Reports on military cantonments and civil stations in the Presidency of Bombay inspected by the Sanitary Commissioner in the years 1875 and 1876
Year: 1875
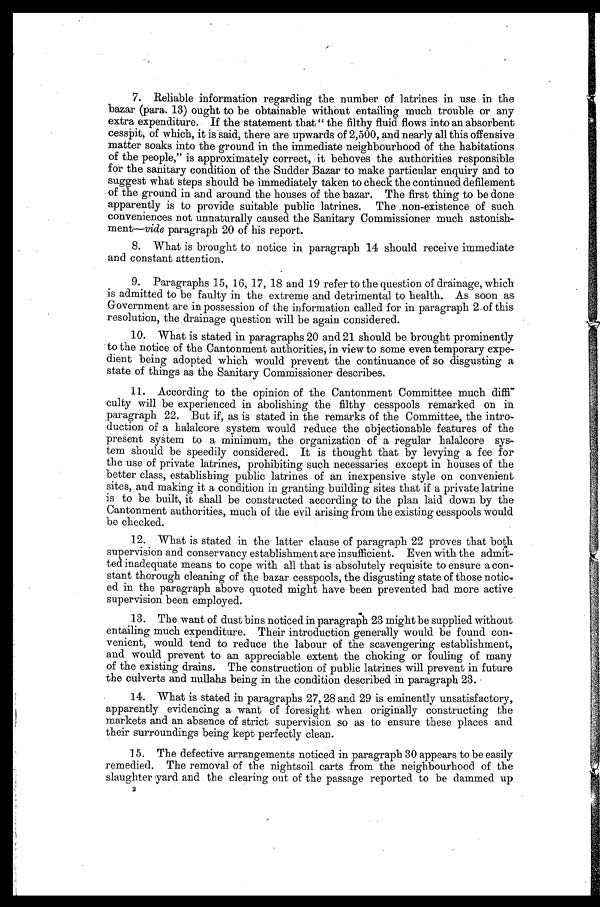
7. Reliable information regarding the number of latrines in use in the
bazar (para. 13) ought to be obtainable without entailing much trouble or any
extra expenditure. If the statement that "the filthy fluid flows into an absorbent
cesspit, of which, it is said, there are upwards of 2,500, and nearly all this offensive
matter soaks into the ground in the immediate neighbourhood of the habitations
of the people," is approximately correct, it behoves the authorities responsible
for the sanitary condition of the Sudder Bazar to make particular enquiry and to
suggest what steps should be immediately taken to check the continued defilement
of the ground in and around the houses of the bazar. The first thing to be done
apparently is to provide suitable public latrines. The non-existence of such
conveniences not unnaturally caused the Sanitary Commissioner much astonish
- m e n t —
v i d e
p a r a g r a p h 2 0 o f h i s r e p o r t .
8. What is brought to notice in paragraph 14 should receive immediate
and constant attention.
9. Paragraphs 15, 16, 17, 18 and 19 refer to the question of drainage, which
is admitted to be faulty in the extreme and detrimental to health. As soon as
Government are in possession of the information called for in paragraph 2 of this
resolution, the drainage question will be again considered.
10. What is stated in paragraphs 20 and 21 should be brought prominently
to the notice of the Cantonment authorities, in view to some even temporary expe-
dient being adopted which would prevent the continuance of so disgusting a
state of things as the Sanitary Commissioner describes.
11. According to the opinion of the Cantonment Committee much diffi
- c u l t y w i l l b e e x p e r i e n c e d i n a b o l i s h i n g t h e f i l t h y c e s s p o o l s r e m a r k e d o n i n
paragraph 22. But if, as is stated in the remarks of the Committee, the intro--
duction of a halalcore system would reduce the objectionable features of the
present system to a minimum, the organization of a regular halalcore sys
- t e m s h o u l d b e s p e e d i l y c o n s i d e r e d . I t i s t h o u g h t t h a t b y l e v y i n g a f e e f o r
the use of private latrines, prohibiting such necessaries except in houses of the
better class, establishing public latrines of an inexpensive style on convenient
sites, and making it a condition in granting building sites that if a private latrine
is to be built, it shall be constructed according to the plan laid down by the
Cantonment authorities, much of the evil arising from the existing cesspools would
be checked.
12. What is stated in the latter clause of paragraph 22 proves that both
supervision and conservancy establishment are insufficient. Even with the admit-
ted inadequate means to cope with all that is absolutely requisite to ensure a con
-stant thorough cleaning of the bazar cesspools, the disgusting state of those notic
- e d i n t h e p a r a g r a p h a b o v e q u o t e d m i g h t h a v e b e e n p r e v e n t e d h a d m o r e a c t i v e
supervision been employed.
13. The want of dust bins noticed in paragraph 23 might be supplied without
entailing much expenditure. Their introduction generally would be found con-
venient, would tend to reduce the labour of the scavengering establishment,
and would prevent to an appreciable extent the choking or fouling of many
of the existing drains. The construction of public latrines will prevent in future
the culverts and nullahs being in the condition described in paragraph 23.
14. What is stated in paragraphs 27, 28 and 29 is eminently unsatisfactory,
apparently evidencing a want of foresight when originally constructing the
markets and an absence of strict supervision so as to ensure these places and
their surroundings being kept perfectly clean.
15. The defective arrangements noticed in paragraph 30 appears to be easily
remedied. The removal of the nightsoil carts from the neighbourhood of the
slaughter yard and the clearing out of the passage reported to be dammed up
2